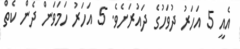
އެއީ 5 އަހަރު ދުވަހުގެ ދައުރަށެވެ. 5 އަހަރު ހަމަވަން ދެން ކެތް